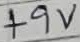
Text: +9V